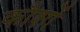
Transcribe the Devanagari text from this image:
कौशों